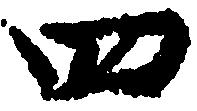
四